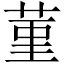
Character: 菫